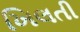
ખિલતી